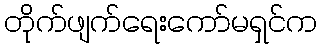
တိုက်ဖျက်ရေးကော်မရှင်က